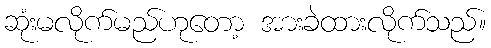
ဆုံးမလိုက်မည်ဟုတော့ အားခဲထားလိုက်သည်။